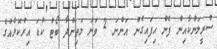
ސްރީލަންކާއިން ފެން ހިފައިގެން އަންނަ 2 ވަނަ މަތިންދާ ބޯޓު ކުޑަ އިރުކޮޅެއްގެ